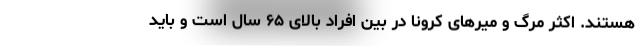
هستند. اکثر مرگ و میرهای کرونا در بین افراد بالای ۶۵ سال است و باید